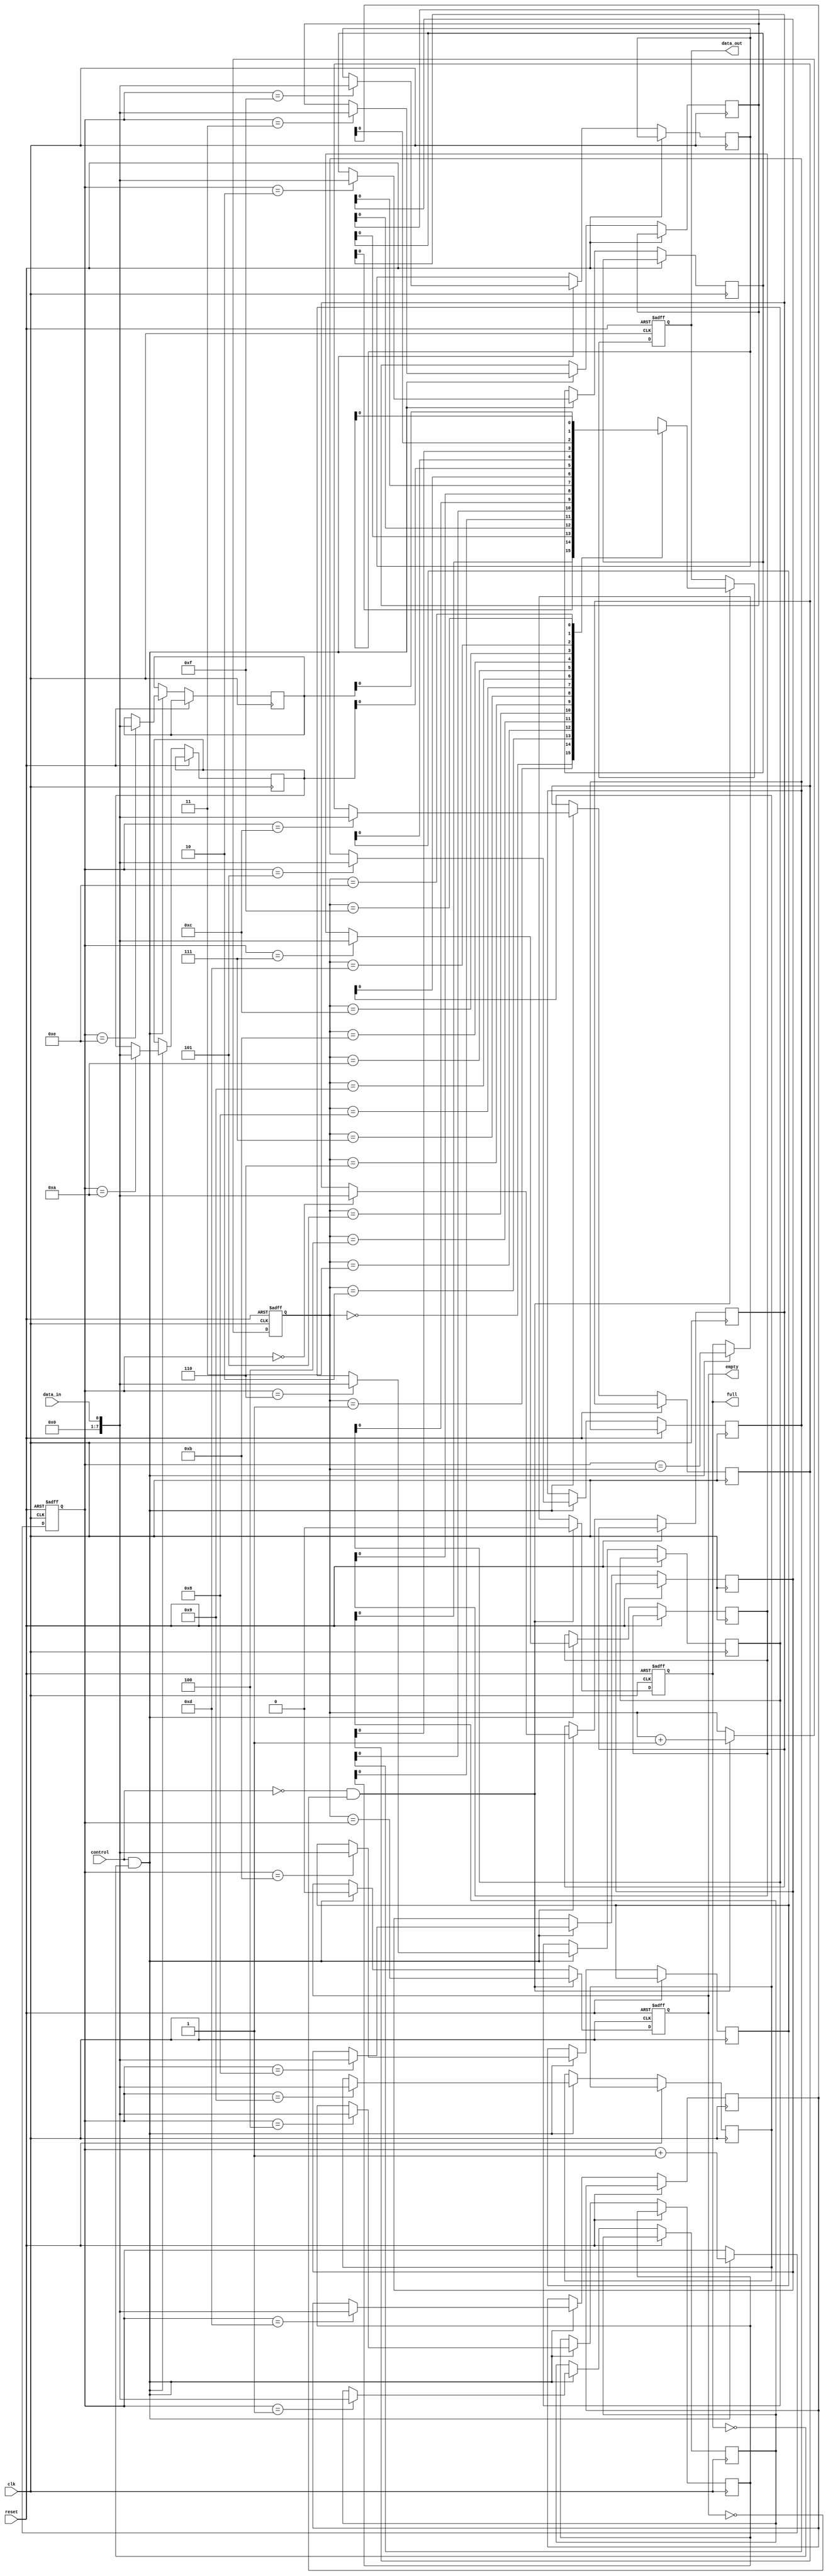
module fifo_buffer (
    input clk, // Clock signal
    input reset, // Reset signal
    input data_in, // Input data signal
    input control, // Control signal
    output reg data_out, // Output data signal
    output reg full, // Full flag signal
    output reg empty // Empty flag signal
);

reg [7:0] buffer [0:15]; // FIFO buffer with 16 memory locations
reg [3:0] read_ptr, write_ptr; // Pointers for read and write operations

always @(posedge clk or posedge reset) begin
    if (reset) begin
        read_ptr <= 4'b0000; // Reset read pointer
        write_ptr <= 4'b0000; // Reset write pointer
        data_out <= 8'b00000000; // Reset output data
        full <= 1'b0; // Reset full flag
        empty <= 1'b1; // Set empty flag
    end else begin
        if (control && !full) begin
            buffer[write_ptr] <= data_in; // Store input data in buffer
            write_ptr <= write_ptr + 1; // Increment write pointer
            full <= (write_ptr == read_ptr); // Check if buffer is full
            empty <= 1'b0; // Clear empty flag
        end
        
        if (!control && !empty) begin
            data_out <= buffer[read_ptr]; // Get output data from buffer
            read_ptr <= read_ptr + 1; // Increment read pointer
            full <= 1'b0; // Clear full flag
            empty <= (read_ptr == write_ptr); // Check if buffer is empty
        end
    end
end

endmodule